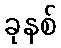
ခုနစ်